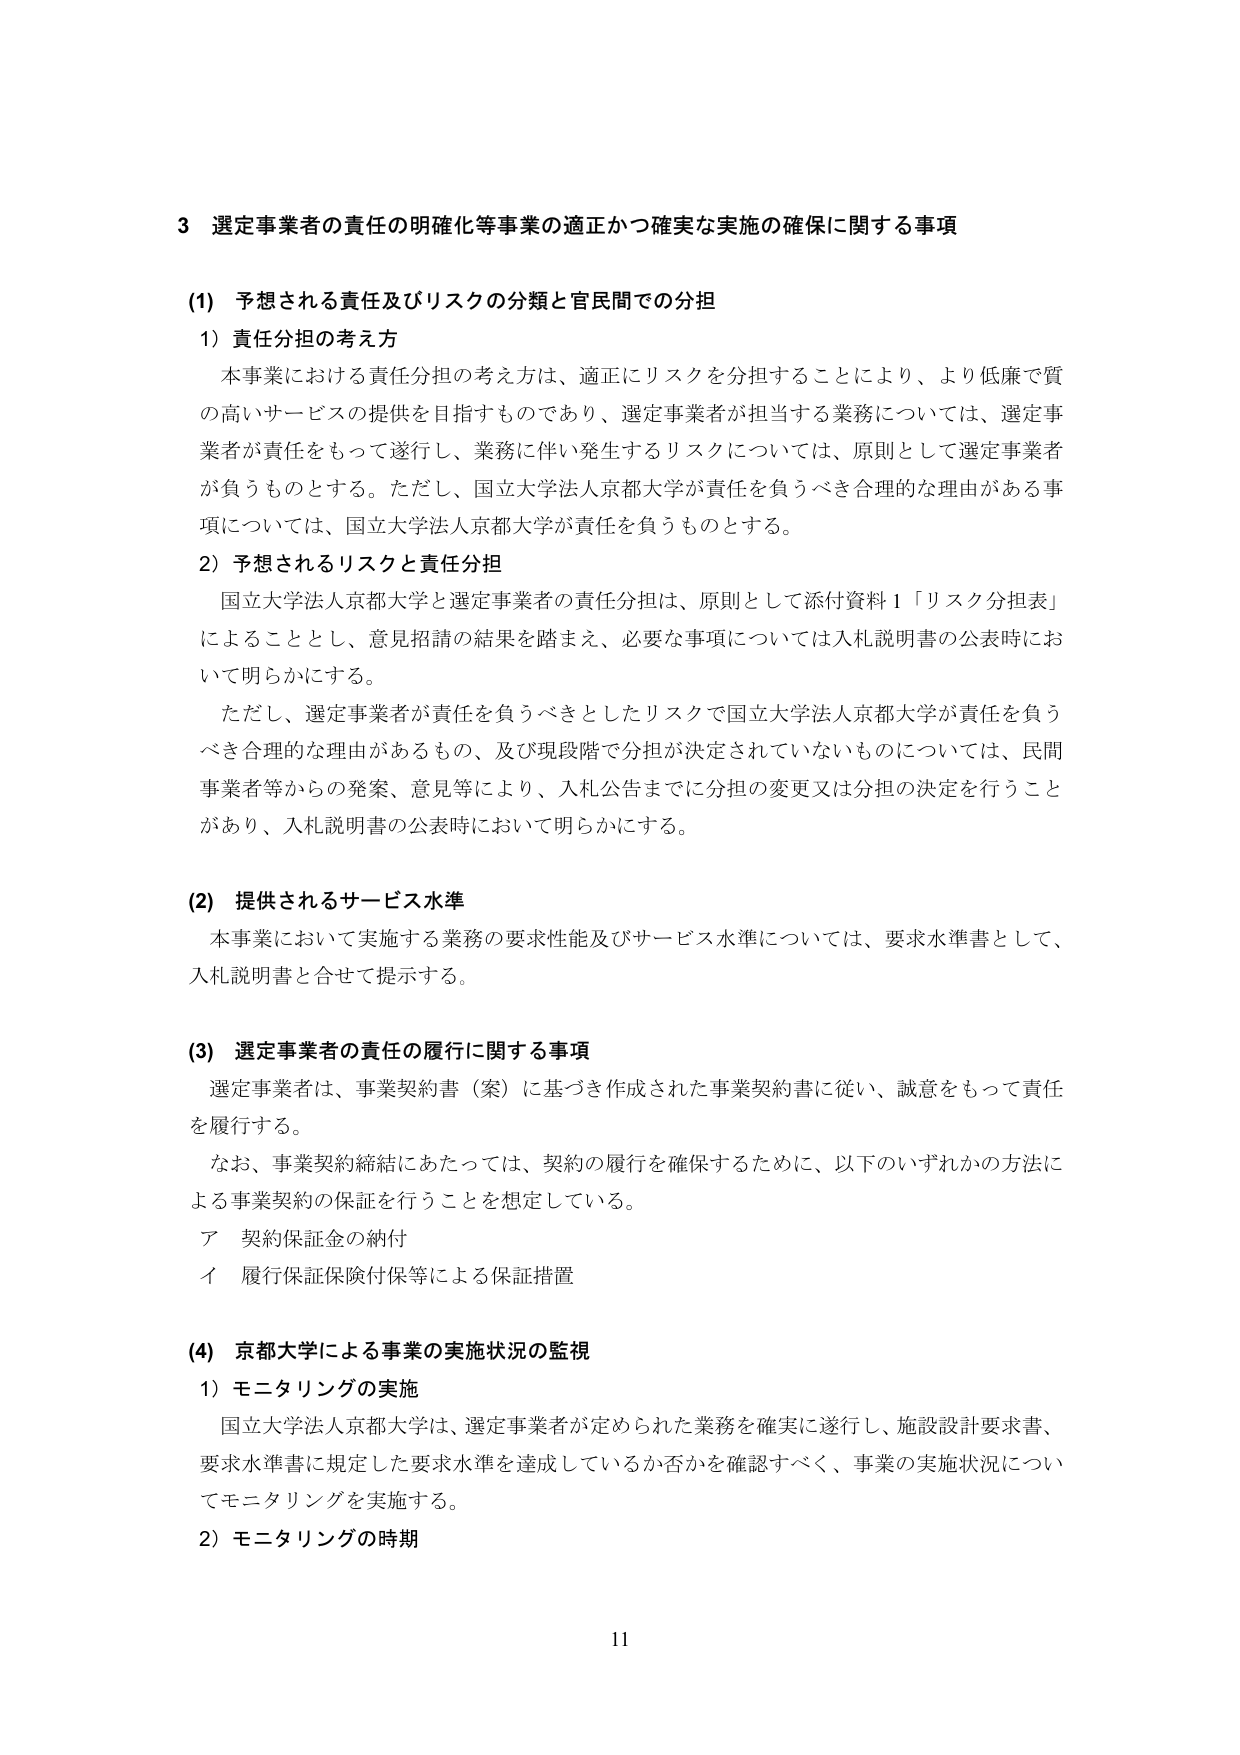
3 選定事業者の責任の明確化等事業の適正かつ確実な実施の確保に関する事項

(1) 予想される責任及びリスクの分類と官民間での分担

1) 責任分担の考え方

本事業における責任分担の考え方は、適正にリスクを分担することにより、より低廉で質の高いサービスの提供を目指すものであり、選定事業者が担当する業務については、選定事業者が責任をもって遂行し、業務に伴い発生するリスクについては、原則として選定事業者が負うものとする。ただし、国立大学法人京都大学が責任を負うべき合理的な理由がある事項については、国立大学法人京都大学が責任を負うものとする。

2) 予想されるリスクと責任分担

国立大学法人京都大学と選定事業者の責任分担は、原則として添付資料1「リスク分担表」によることとし、意見招請の結果を踏まえ、必要な事項については入札説明書の公表時において明らかにする。

ただし、選定事業者が責任を負うべきとしたリスクで国立大学法人京都大学が責任を負うべき合理的な理由があるもの、及び現段階で分担が決定されていないものについては、民間事業者等からの発案、意見等により、入札公告までに分担の変更又は分担の決定を行うことがあり、入札説明書の公表時において明らかにする。

(2) 提供されるサービス水準

本事業において実施する業務の要求性能及びサービス水準については、要求水準書として、入札説明書と併せて提示する。

(3) 選定事業者の責任の履行に関する事項

選定事業者は、事業契約書（案）に基づき作成された事業契約書に従い、誠意をもって責任を履行する。

なお、事業契約締結にあたっては、契約の履行を確保するために、以下のいずれかの方法による事業契約の保証を行うことを想定している。

ア 契約保証金の納付

イ 履行保証保険付保等による保証措置

(4) 京都大学による事業の実施状況の監視

1) モニタリングの実施

国立大学法人京都大学は、選定事業者が定められた業務を確実に遂行し、施設設計要求書、要求水準書に規定した要求水準を達成しているか否かを確認すべく、事業の実施状況についてモニタリングを実施する。

2) モニタリングの時期

11